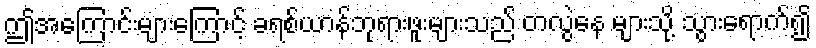
ဤအကြောင်းများကြောင့် ခရစ်ယာန်ဘုရားဖူးများသည် တလွဲနေ များသို့ သွားရောက်၍